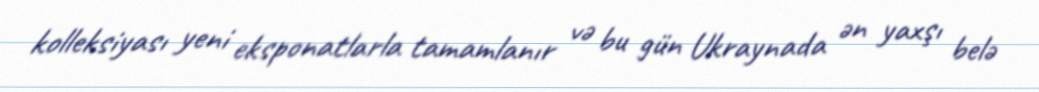
kolleksiyası yeni eksponatlarla tamamlanır və bu gün Ukraynada ən yaxşı belə